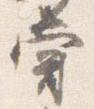
嘗